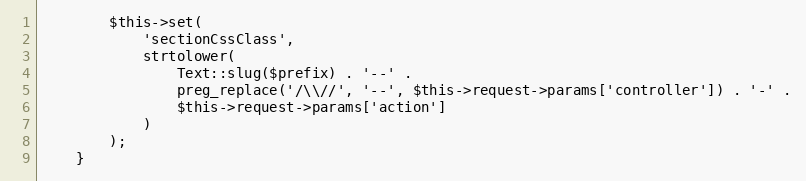
Language: PHP
        $this->set(
            'sectionCssClass',
            strtolower(
                Text::slug($prefix) . '--' .
                preg_replace('/\\//', '--', $this->request->params['controller']) . '-' .
                $this->request->params['action']
            )
        );
    }